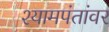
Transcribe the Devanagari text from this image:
श्यामपंतांवर